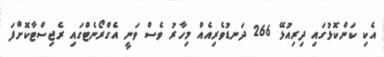
އެކި ކަންކޮޅުގައި ދިރިއުޅޭ 266 ދަނޑުވެރިއެއް މިހާރު ވެސް ވަނީ އެގްރޯނެޓްގައި ރެޖިސްޓާކޮށްފަ